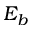
E _ { b }